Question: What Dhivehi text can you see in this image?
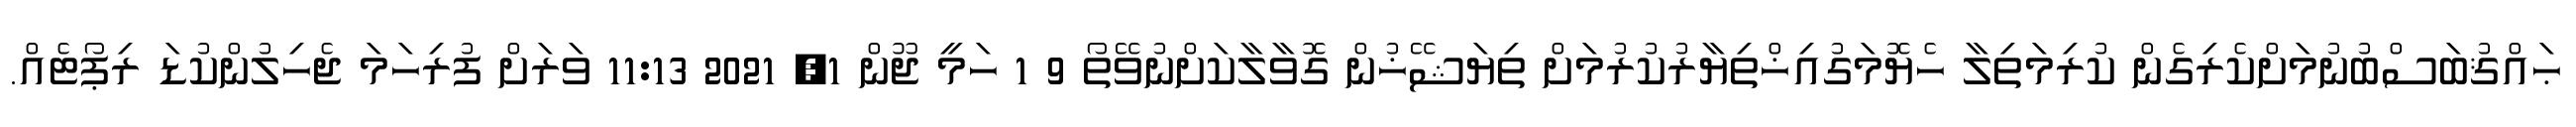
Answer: ޙައްޤުބަސްބުނުމަށްކެރިގެން ކުރިމަތިލާ ހެޔޮމަގުއިޚްތިޔާރުކުރުމަށް ތިޔަޝޭޚުން ގޮވާލާކަށްނުވޭތޯ 9 1 ހަމީ ޖޫން 1, 2021 11:13 ވަރަށް ފުރިހަމަ ޖެހިލުންކުޑަ ރިޕޯޓެއް.